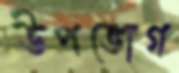
উপভোগ